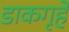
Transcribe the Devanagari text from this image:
डाकगृहे